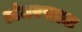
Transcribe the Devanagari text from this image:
अंतरसाल